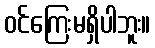
ဝင်ကြေးမရှိပါဘူး။